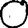
Digit: 0